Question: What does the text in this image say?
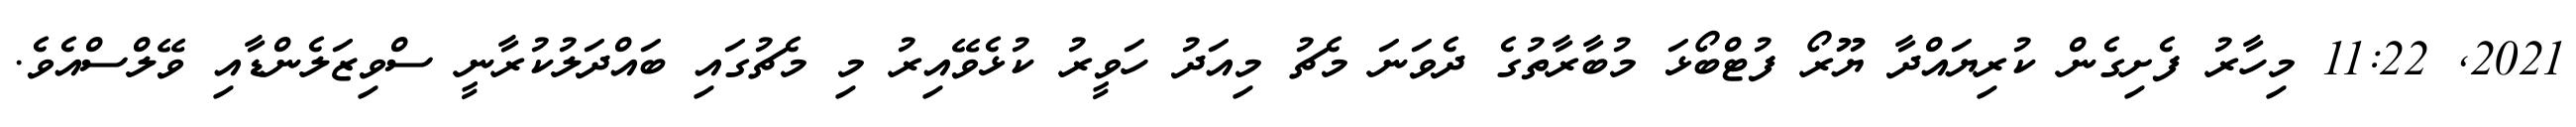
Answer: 2021, 11:22 މިހާރު ފެށިގެން ކުރިޔައްދާ ޔޫރޯ ފުޓްބޯޅަ މުބާރާތުގެ ދެވަނަ މެޗު މިއަދު ހަވީރު ކުޅެވޭއިރު މި މެޗުގައި ބައްދަލުކުރާނީ ސްވިޒަލެންޑާއި ވޭލްސްއެވެ.